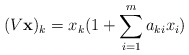
\begin{align*}(V \mathbf{x})_k=x_k(1+\sum_{i=1}^ma_{ki}x_i)\end{align*}